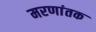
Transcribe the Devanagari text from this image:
मरणांतक